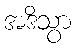
အဒိသွာ